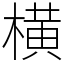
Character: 横